Annual report of the Imperial Bacteriological Laboratory, Muktesar
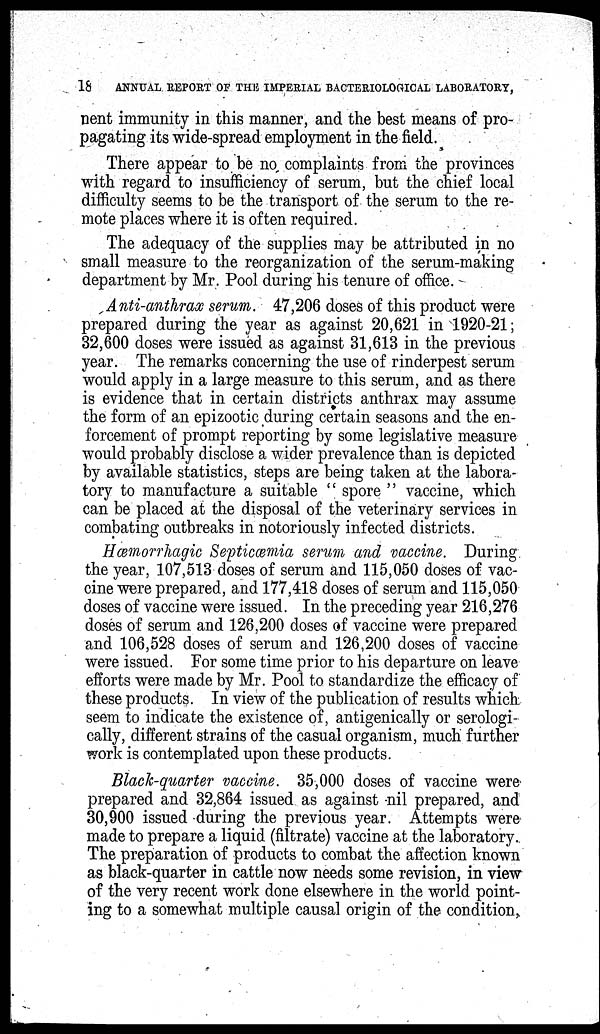
18
ANNUAL REPORT OF THE IMPERIAL BACTERIOLOGICAL LABORATORY,
nent immunity in this manner, and the best means of pro-
pagating its wide-spread employment in the field.
There appear to be no complaints from the provinces
with regard to insufficiency of serum, but the chief local
difficulty seems to be the transport of the serum to the re-
mote places where it is often required.
The adequacy of the supplies may be attributed in no
small measure to the reorganization of the serum-making
department by Mr. Pool during his tenure of office.
Anti-anthrax serum. 47,206 doses of this product were
prepared during the year as against 20,621 in 1920-21 ;
32,600 doses were issued as against 31,613 in the previous
year. The remarks concerning the use of rinderpest serum
would apply in a large measure to this serum, and as there
is evidence that in certain districts anthrax may assume
the form of an epizootic during certain seasons and the en-
forcement of prompt reporting by some legislative measure
would probably disclose a wider prevalence than is depicted
by available statistics, steps are being taken at the labora-
tory to manufacture a suitable " spore " vaccine, which
can be placed at the disposal of the veterinary services in
combating outbreaks in notoriously infected districts.
Hæmorrhagic Septicæmia serum and vaccine. During
the year, 107,513 doses of serum and 115,050 doses of vac-
cine were prepared, and 177,418 doses of serum and 115,050
doses of vaccine were issued. In the preceding year 216,276
doses of serum and 126,200 doses of vaccine were prepared
and 106,528 doses of serum and 126,200 doses of vaccine
were issued. For some time prior to his departure on leave
efforts were made by Mr. Pool to standardize the efficacy of
these products. In view of the publication of results which
seem to indicate the existence of, antigenically or serologi-
cally, different strains of the casual organism, much further
work is contemplated upon these products.
Black-quarter vaccine. 35,000 doses of vaccine were
prepared and 32,864 issued as against nil prepared, and
30,900 issued during the previous year. Attempts were
made to prepare a liquid (filtrate) vaccine at the laboratory.
The preparation of products to combat the affection known
as black-quarter in cattle now needs some revision, in view
of the very recent work done elsewhere in the world point-
ing to a somewhat multiple causal origin of the condition,.